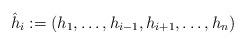
LaTeX: \begin{align*} \hat{h}_i:=(h_1,\ldots,h_{i-1},h_{i+1},\ldots,h_n) \end{align*}